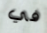
في